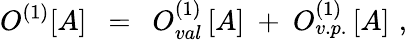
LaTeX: O^{(1)}[A]\ \ =\ \ O_{val}^{(1)}\, [A]\ +\ O_{v.p.}^{(1)}\, [A]\, \, ,